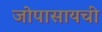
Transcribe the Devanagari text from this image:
जोपासायची